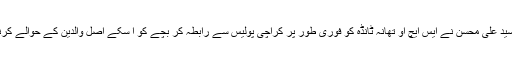
ڈی پی او گجرات سید علی محسن نے ایس ایچ او تھانہ ٹانڈہ کو فوری طور پر کراچی پولیس سے رابطہ کر بچے کو اُ سکے اصل والدین کے حوالے کرنے کی ہدائیت کی۔